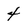
Character: 4